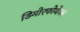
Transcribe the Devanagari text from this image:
डिमोरफोथेका